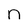
Character: n